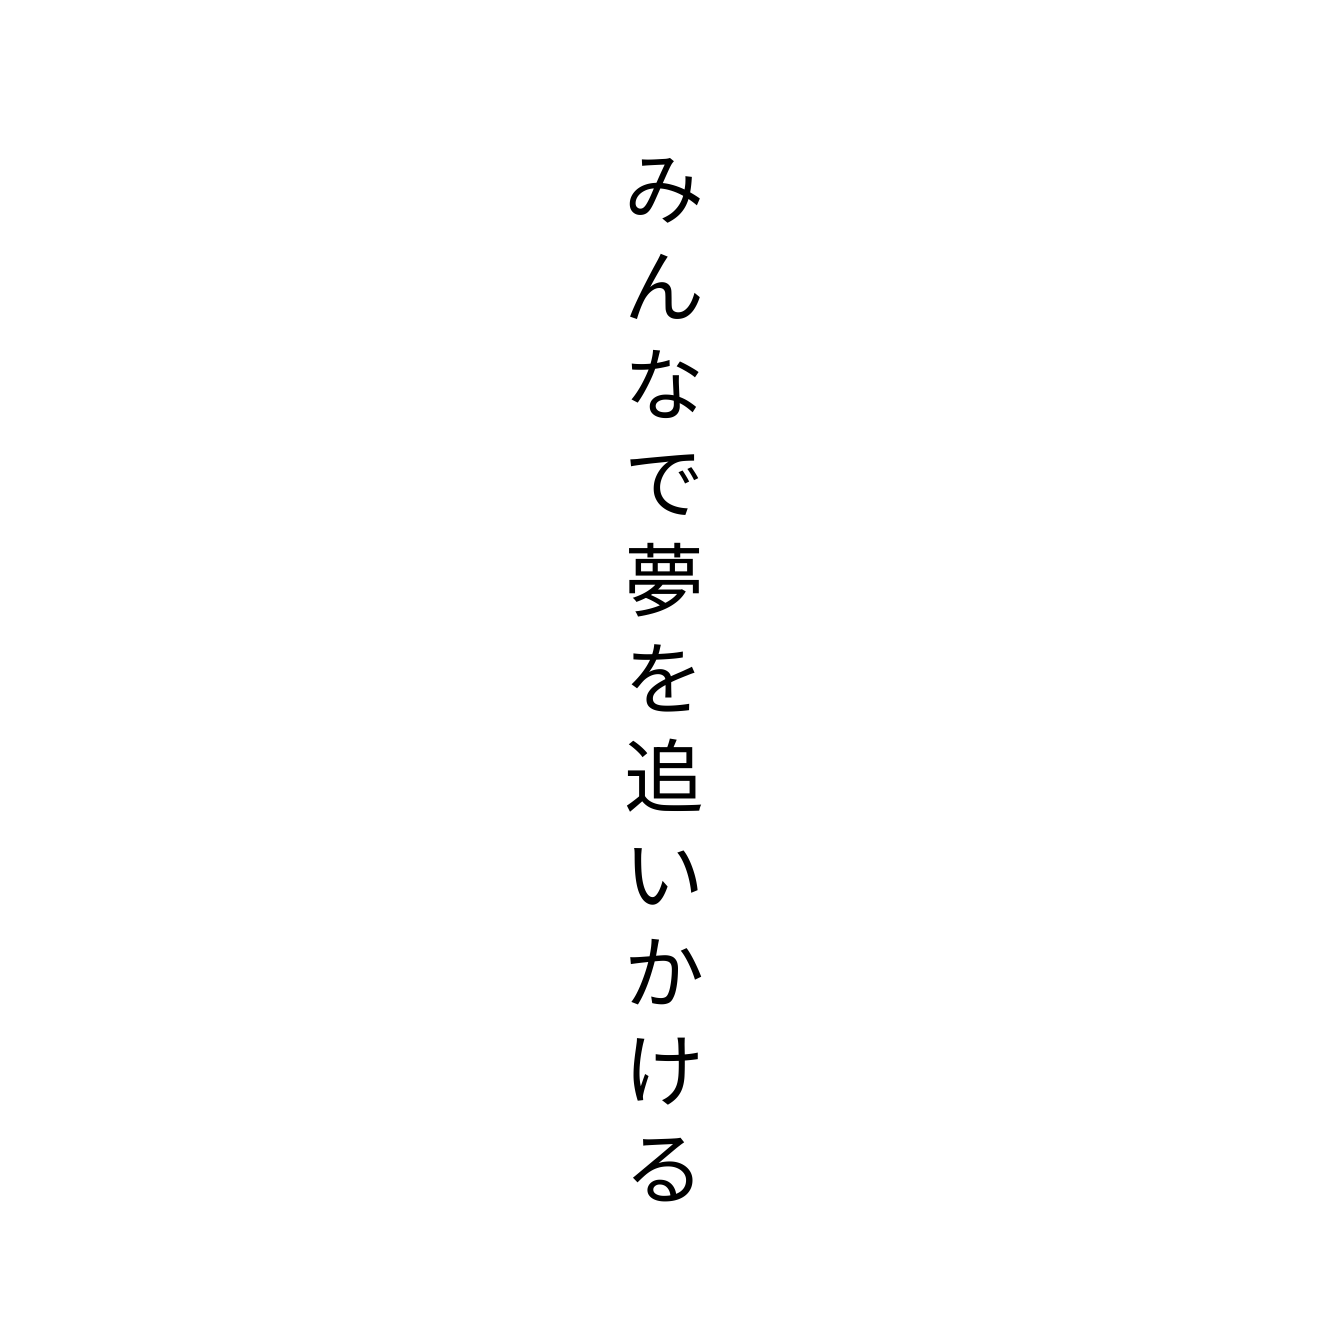
みんなで夢を追いかける